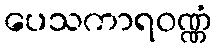
ပေသကာရဝဏ္ဏံ